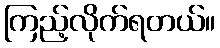
ကြည့်လိုက်ရတယ်။